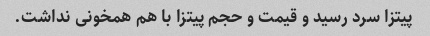
پیتزا سرد رسید و قیمت و حجم پیتزا با هم همخونی نداشت.